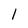
Character: 1